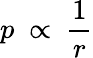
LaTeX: p\ \propto\ {\frac{1}{r}}